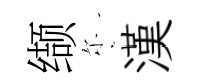
缬尓漢